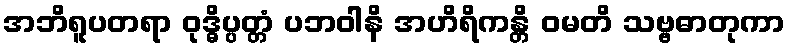
အဘိရူပတရာ ဝုဒ္ဓိပ္ပတ္တံ ပဘဝါနိ အဟိရိကန္တိ ဝမတိ သဗ္ဗဓာတုကာ